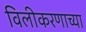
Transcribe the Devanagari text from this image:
विलीकरणाच्या